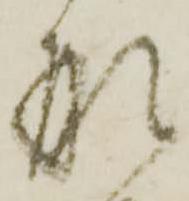
刑